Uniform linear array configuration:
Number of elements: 12
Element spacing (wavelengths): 0.5
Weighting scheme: kaiser
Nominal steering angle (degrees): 45
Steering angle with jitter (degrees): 44.129
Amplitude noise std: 0.05
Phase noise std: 0.05

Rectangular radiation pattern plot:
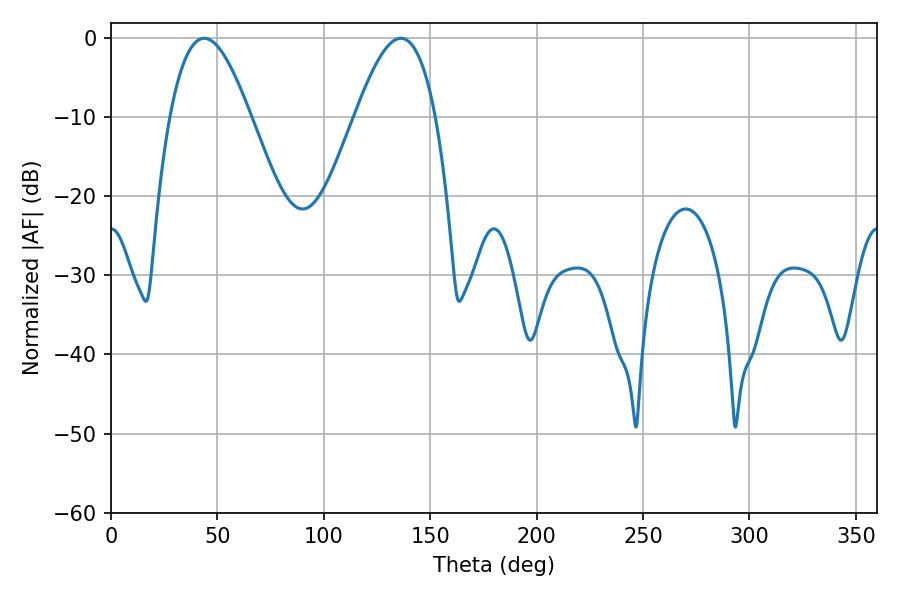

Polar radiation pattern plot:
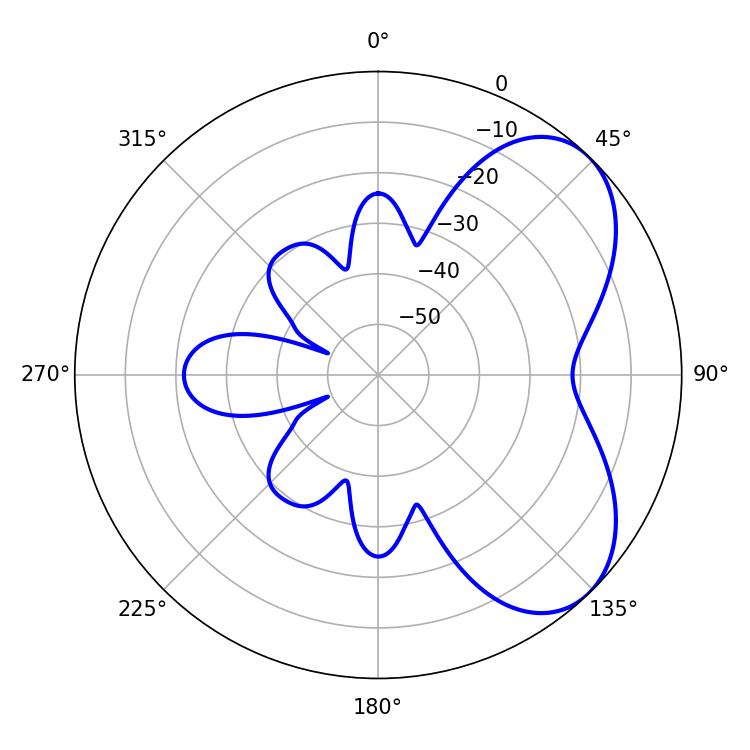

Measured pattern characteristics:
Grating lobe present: FALSE
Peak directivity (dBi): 5.596
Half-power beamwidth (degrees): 20.52
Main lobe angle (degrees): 43.74